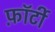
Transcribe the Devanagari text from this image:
फ़ॉर्टी